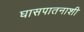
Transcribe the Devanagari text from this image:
घासपातनाशी